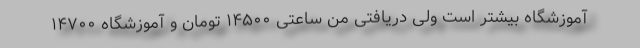
آموزشگاه بیشتر است ولی دریافتی من ساعتی ۱۴۵۰۰ تومان و آموزشگاه ۱۴۷۰۰